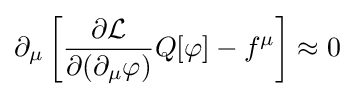
\partial _{\mu }\left[{\frac {\partial {\mathcal {L}}}{\partial (\partial _{\mu }\varphi )}}Q[\varphi ]-f^{\mu }\right]\approx 0